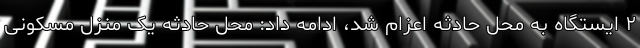
۲ ایستگاه به محل حادثه اعزام شد، ادامه داد: محل حادثه یک منزل مسکونی